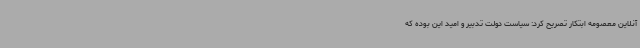
آنلاین معصومه ابتکار تصریح کرد: سیاست دولت تدبیر و امید این بوده که